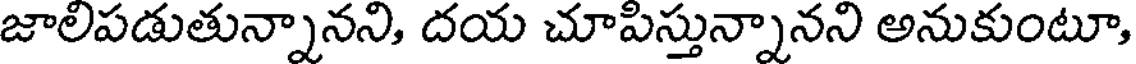
జాలిపడుతున్నానని, దయ చూపిస్తున్నానని అనుకుంటూ,